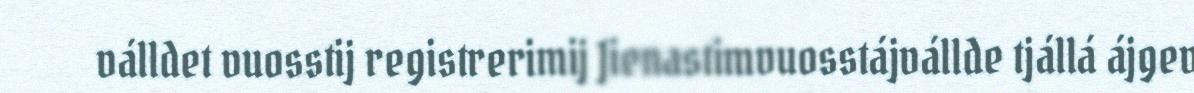
válldet vuosstij registrerimij Jienastimvuosstájvállde tjállá ájgev